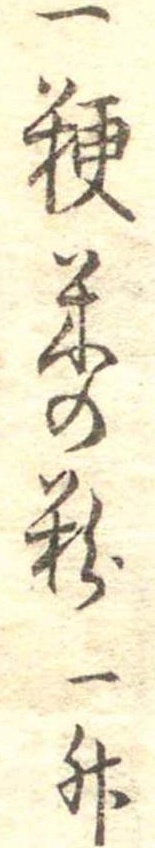
一粳米の粉一升